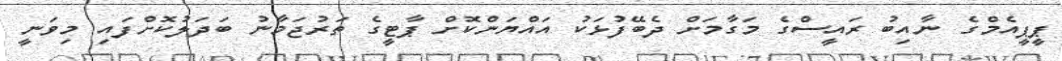
ޕީޕީއެމްގެ ނާއިބު ރައީސްގެ މަގާމަށް ދެބޭފުޅަކު އައްޔަންކޮށް ޕާޓީގެ ތަރުޖަމާނު ބަދަލުކޮށްފައި މިވަނީ